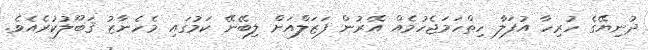
ދުނިޔޭގެ ހުރިހާ އުފަލާ ހިތްހަމަޖެހުމެއް އޭރުން ފަޒަލްއަށް ލިބޭނޭ ކަމުގައި މެހެނާޒު ޤަބޫލުކުރެއެވެ.